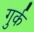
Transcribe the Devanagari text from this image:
गुर्क